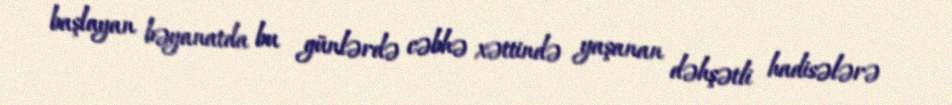
başlayan bəyanatda bu günlərdə cəbhə xəttində yaşanan dəhşətli hadisələrə